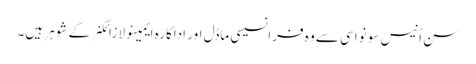
سن اُنیس سو نواسی سے وہ فرانسیسی ماڈل اور اداکارہ ایمینولا زائگنر کے شوہر ہیں۔